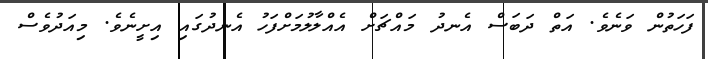
ފަހަތުން ވަނެެވެ. އަތް ދަބަސް އެނދު މައްޗަށް އެއްލާލުމަށްފަހު އެނދުގައި އިށީނެވެ. މިއަދުވެސް